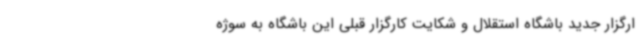
ارگزار جدید باشگاه استقلال و شکایت کارگزار قبلی این باشگاه به سوژه